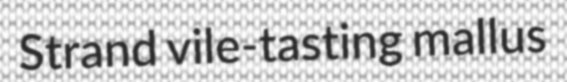
Strand vile-tasting mallus